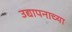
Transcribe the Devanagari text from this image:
उद्यापनाच्या